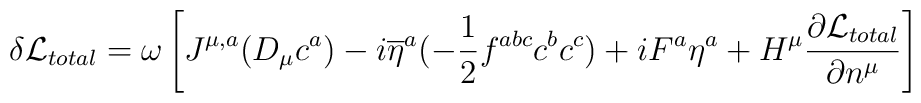
\delta {\cal L}_{total} = \omega\left[J^{\mu,a}(D_{\mu}c^{a}) -i\overline{\eta}^{a}(-{1\over 2}f^{abc}c^{b}c^{c}) + iF^{a}\eta^{a} +H^{\mu}{\partial{\cal L}_{total}\over \partial n^{\mu}}\right]